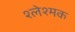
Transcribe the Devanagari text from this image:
श्लेश्मक